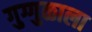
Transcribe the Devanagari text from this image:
गुग्गुळाला